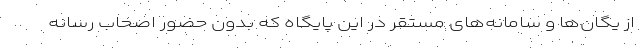
از یگان‌ها و سامانه‌های مستقر در این پایگاه که بدون حضور اصحاب رسانه